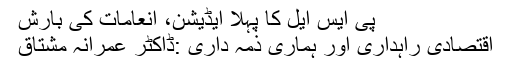
پی ایس ایل کا پہلا ایڈیشن، انعامات کی بارش
اقتصادی راہداری اور ہماری ذمہ داری :ڈاکٹر عمرانہ مشتاق